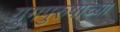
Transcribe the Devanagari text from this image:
युगपुरुषाच्या